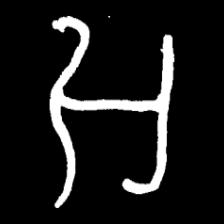
Pyu character \u2014 Myanmar letter: အ (romanized: a)